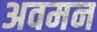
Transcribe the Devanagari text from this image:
अवमन